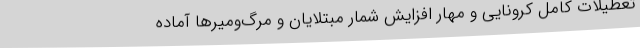
تعطیلات کامل کرونایی و مهار افزایش شمار مبتلایان و مرگ‌ومیرها آماده